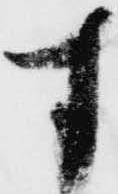
す